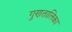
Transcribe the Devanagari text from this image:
गुणतालिका